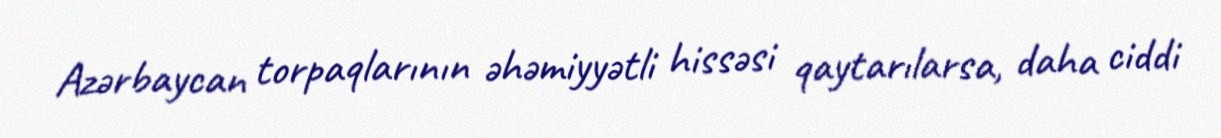
Azərbaycan torpaqlarının əhəmiyyətli hissəsi qaytarılarsa, daha ciddi